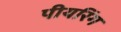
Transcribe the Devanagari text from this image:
पीयरिंग